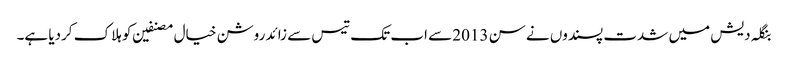
بنگلہ دیش میں شدت پسندوں نے سن 2013 سے اب تک تیس سے زائد روشن خیال مصنفین کو ہلاک کردیا ہے۔